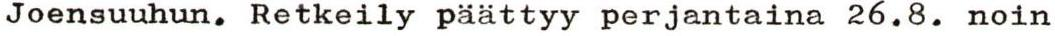
Joensuuhun. Retkeily päättyy perjantaina 26.8. noin